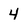
Character: 4